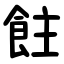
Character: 飳